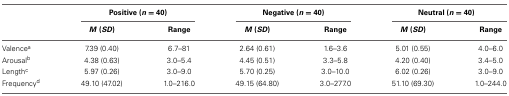
<table><thead><tr><td></td><td colspan="2"><b>Positive (<i>n =</i> 40)</b></td><td colspan="2"><b>Negative (<i>n =</i> 40)</b></td><td colspan="2"><b>Neutral (<i>n =</i> 40)</b></td></tr><tr><td></td><td><b><i>M</i> (<i>SD</i>)</b></td><td><b>Range</b></td><td><b><i>M</i> (<i>SD</i>)</b></td><td><b>Range</b></td><td><b><i>M</i> (<i>SD</i>)</b></td><td><b>Range</b></td></tr></thead><tbody><tr><td>Valence<sup>a</sup></td><td>7.39 (0.40)</td><td>6.7–81</td><td>2.64 (0.61)</td><td>1.6–3.6</td><td>5.01 (0.55)</td><td>4.0–6.0</td></tr><tr><td>Arousal<sup>b</sup></td><td>4.38 (0.63)</td><td>3.0–5.4</td><td>4.45 (0.51)</td><td>3.3–5.8</td><td>4.20 (0.40)</td><td>3.4–5.0</td></tr><tr><td>Length<sup>c</sup></td><td>5.97 (0.26)</td><td>3.0–9.0</td><td>5.70 (0.25)</td><td>3.0–10.0</td><td>6.02 (0.26)</td><td>3.0–9.0</td></tr><tr><td>Frequency<sup>d</sup></td><td>49.10 (47.02)</td><td>1.0–216.0</td><td>49.15 (64.80)</td><td>3.0–277.0</td><td>51.10 (69.30)</td><td>1.0–244.0</td></tr></tbody></table>